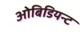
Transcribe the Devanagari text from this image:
ओबिडियन्ट